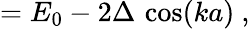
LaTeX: =E_{0}-2\Delta\, \cos(ka)\ ,